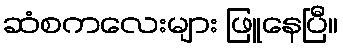
ဆံစကလေးများ ဖြူနေပြီ။